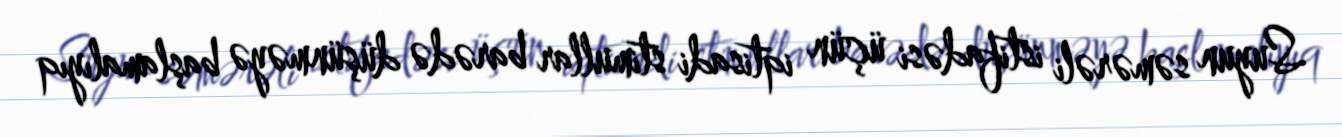
Suyun səmərəli istifadəsi üçün iqtisadi stimullar barədə düşünməyə başlamalıyıq